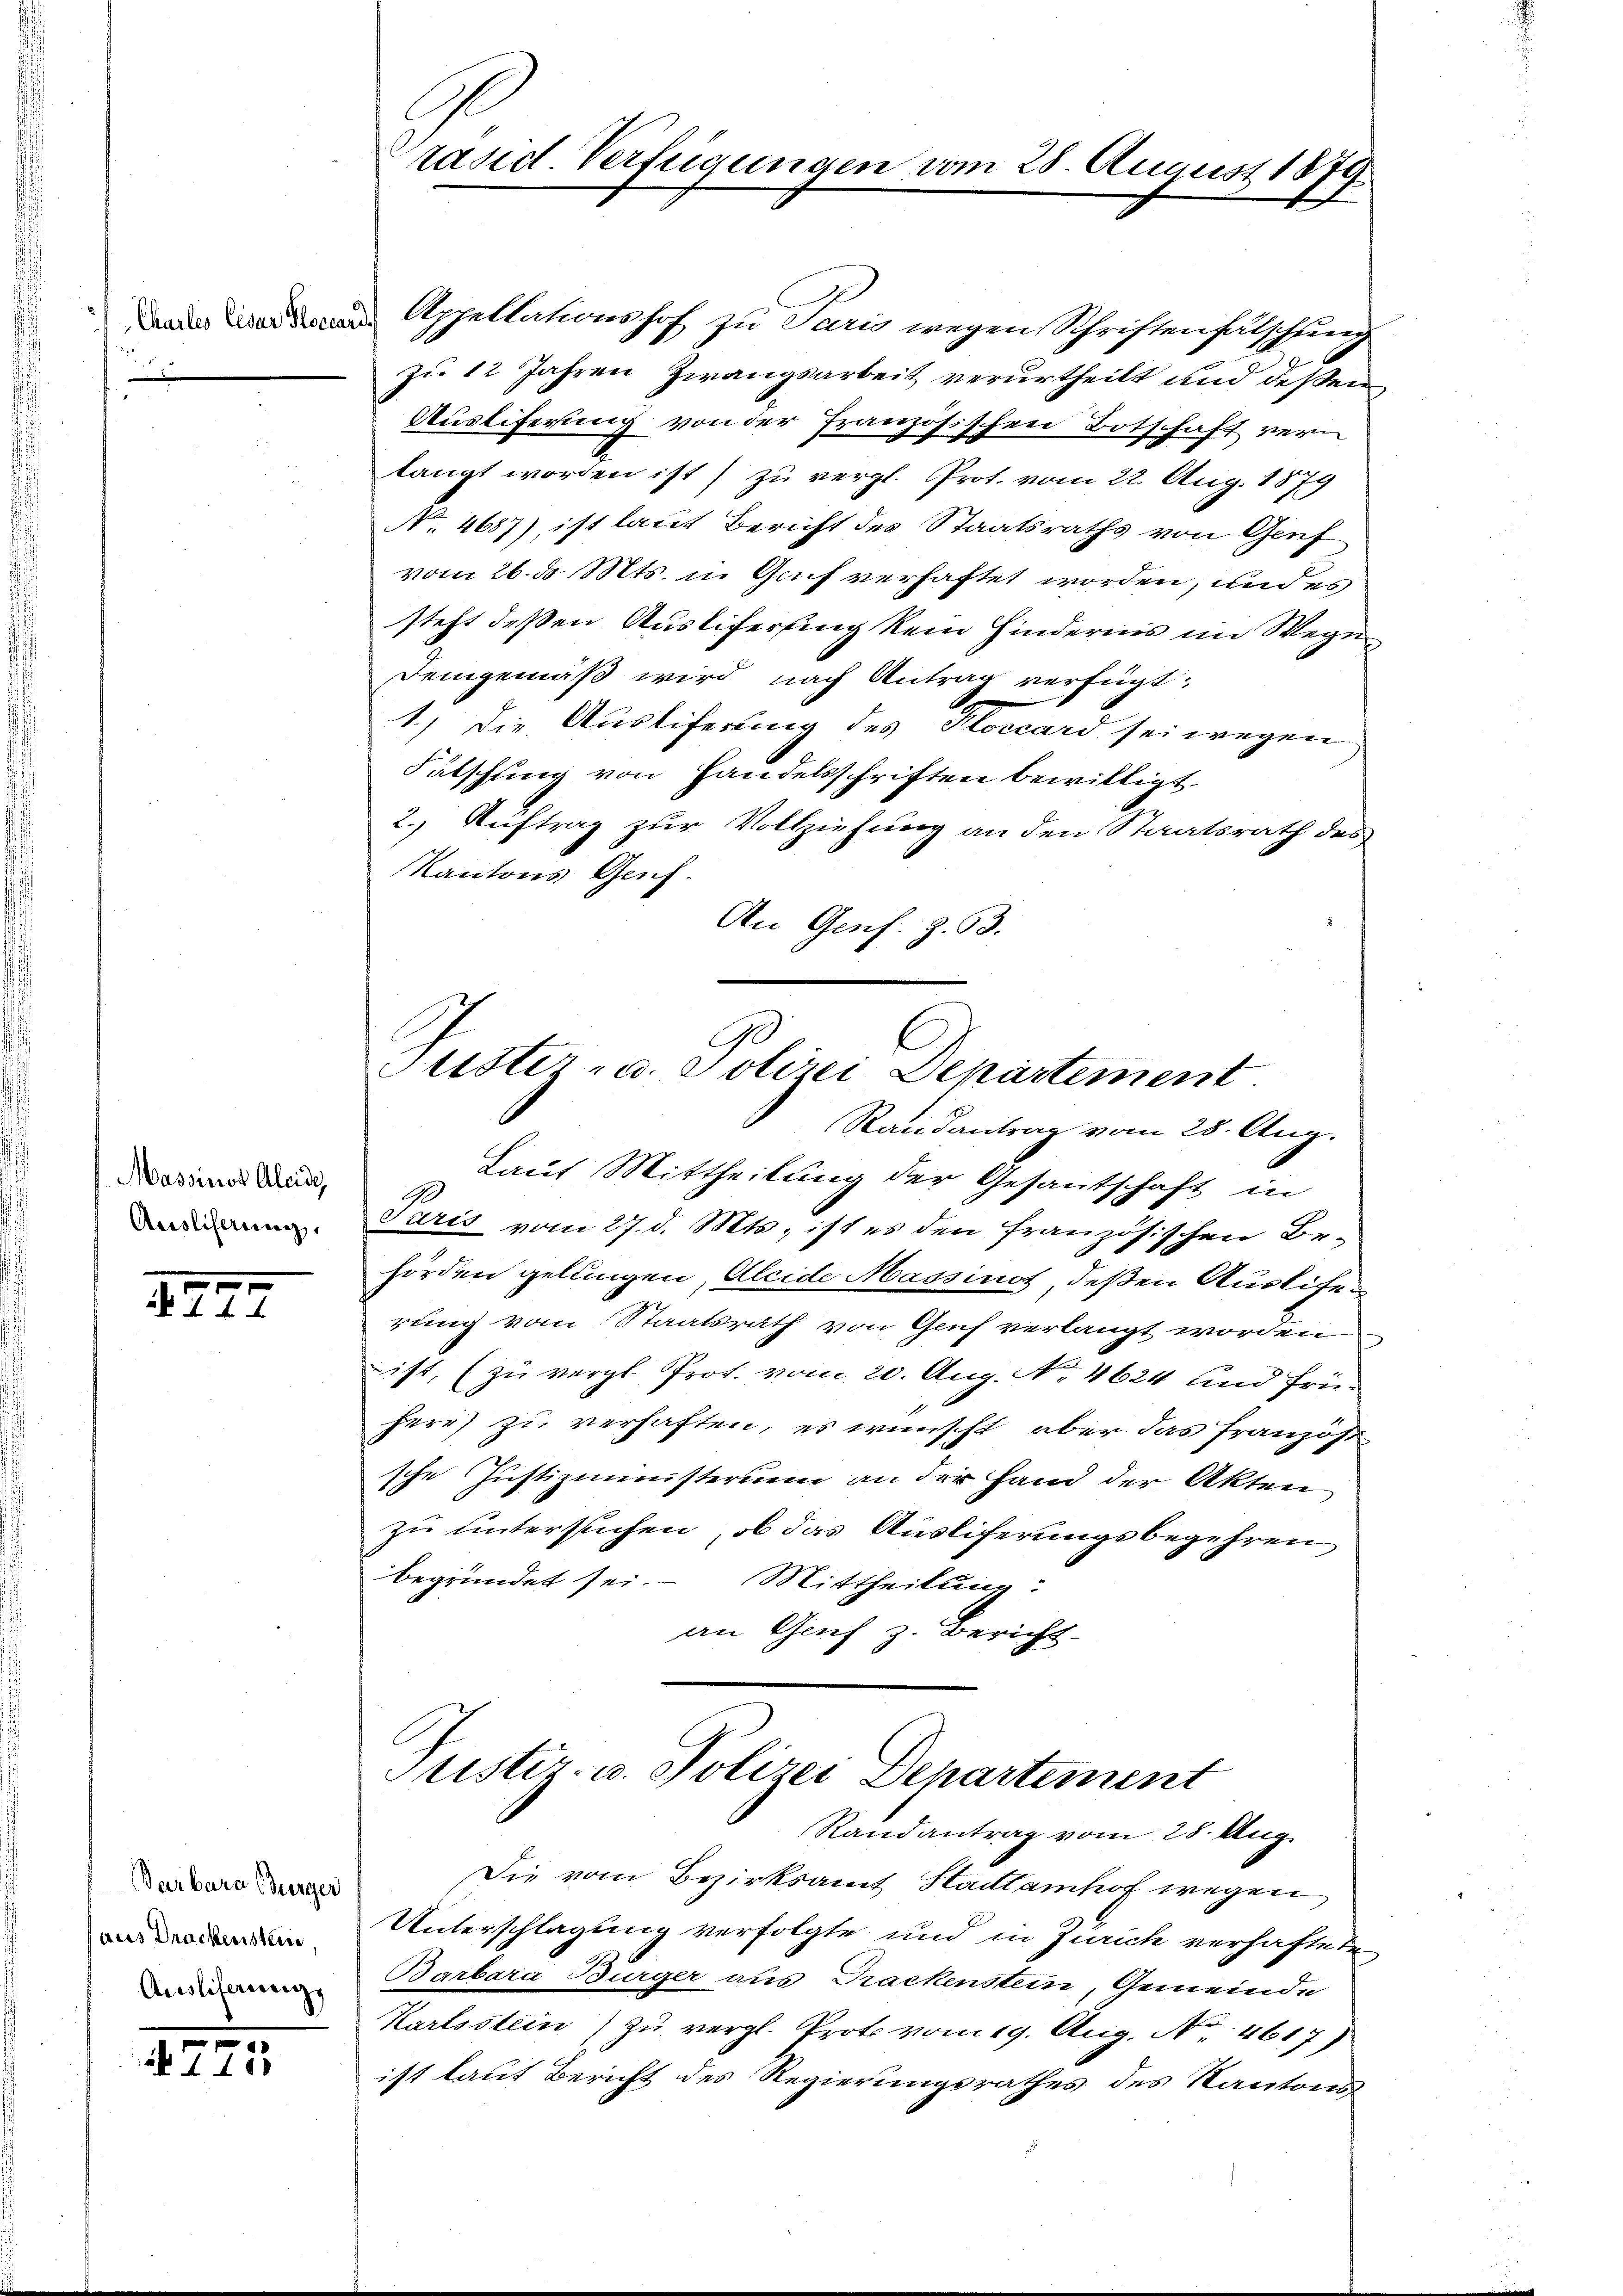
Chartes Cesar Ploccari
n

Massinoz Aleide
Ausliserung

2. 447

Barbara (Bürger
aus Drackenstein
Ausliferungs

4775

Präsid. Verfügungen vom 28. August 1879.

Appellationshof zu Paris wegen Schriftenfälschung
zu 12 Jahren Zwangsarbeit verurtheilt und deßen
Ausliferung von der französischen Botschaft vern
langt worden ist) zu vergl. Prot. vom 22. Aug. 1879
N 4687), ist laut Bericht des Staatsraths von Genf
vom 26. d. Mts. in Gaif verhaftet worden, und es
steht deßen Auslifersing kein Hinderins im Wege
Demgemäß wird nach Antrag verfügt:
1.) Die Ausliferung des Ploccard sei wegen
Fätschung von Handelsschriften bewilligt.
2. Auftrag zur Vollziehung an den Staatsrath des
Kantons Genf.
An Genf. Z. 63.
C
Justiz- u. Solirei Departement
Randantrag vom 28. Aug.
Laut Mittheilung der Gesantschaft in
90
Saris vom 27. d. Mts. ist es den französischen Be-
hörden gelungen, Aleide Massinot, deßen Auslihen
rung vom Staatsrath von Genf verlangt worden
ist, (zu vergl. Prot. vom 20. Aug. No. 4624 und Frühere zu verhaften, es wünscht, aber das Französ
sche Justizministerium an der Hand der Akten
zu untersuchen, ob das Ausliferungsbegehren
begründet sei. Mittheilung:
an Genf z. Bericht

Justiz- u. Polizei Departement
Randantrag vom 28. Aug

Die vom Bezirksamt Stadtamhof wegen
Unterschlagung verfolgte und in Zürich verhaftete
Barbara Burger aus Trackenstein, Gemeinde
Karlsstein) zu vergl. Proto vom 19. Aug. No. 4617)
ist laut Bericht des Regierungsrathes des Kantons